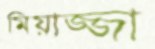
মিয়াজ্জা